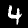
Label: 4